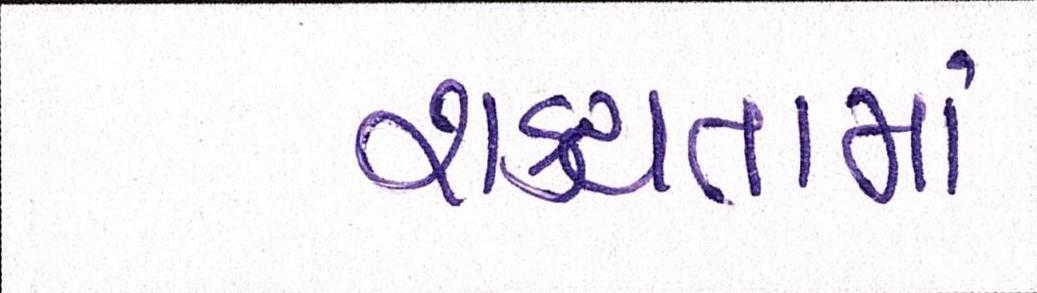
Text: શકયતામાં